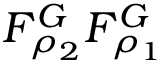
F _ { \rho _ { 2 } } ^ { G } F _ { \rho _ { 1 } } ^ { G }